Scottish Certificate of Education, 1963
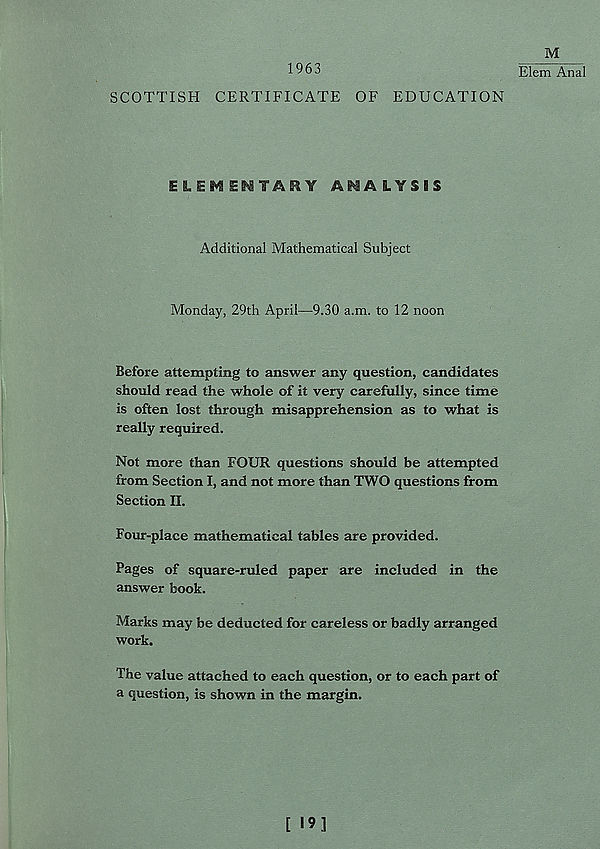
M
19 6 j
Elem Anal
SCOTTISH CERTIFICATE OF EDUCATION
ELEMENTARY ANALYSIS
Additional Mathematical Subject
Monday, 29th April—9.30 a.m. to 12 noon
Before attempting to answer any question, candidates
should read the whole of it very carefully, since time
is often lost through misapprehension as to what is
really required.
Not more than FOUR questions should be attempted
from Section I, and not more than TWO questions from
Section II.
Four-place mathematical tables are provided.
Pages of square-ruled paper are included in the
answer book.
Marks may be deducted for careless or badly arranged
work.
The value attached to each question, or to each part of
a question, is shown in the margin.
[ 19]